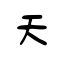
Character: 天